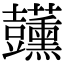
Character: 𧰣